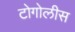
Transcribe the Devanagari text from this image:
टोगोलीस